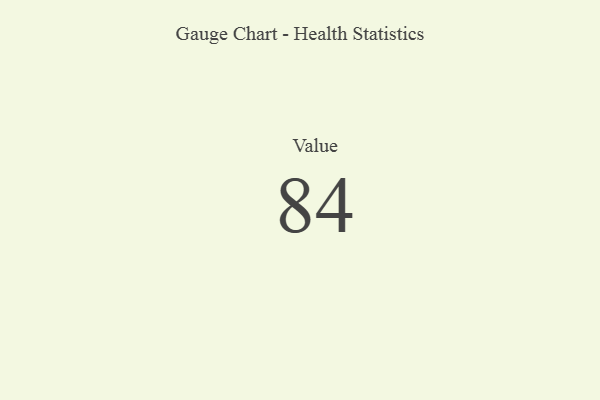
{"axis": {"x": "Metric", "y": "Value"}, "legend": [""], "data": [{"x": "Value", "y": 84, "type": ""}]}